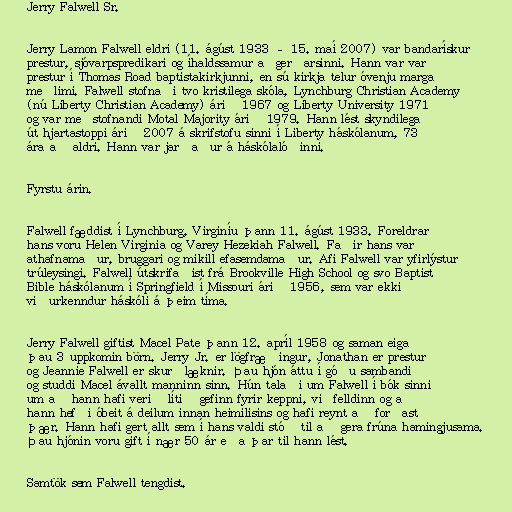
Jerry Falwell Sr.

Jerry Lamon Falwell eldri (11. ágúst 1933 – 15. maí 2007) var bandarískur
prestur, sjóvarpspredikari og íhaldssamur aðgerðarsinni. Hann var var
prestur í Thomas Road baptistakirkjunni, en sú kirkja telur óvenju marga
meðlimi. Falwell stofnaði tvo kristilega skóla, Lynchburg Christian Academy
(nú Liberty Christian Academy) árið 1967 og Liberty University 1971
og var meðstofnandi Motal Majority árið 1979. Hann lést skyndilega
út hjartastoppi árið 2007 á skrifstofu sinni í Liberty háskólanum, 73
ára að aldri. Hann var jarðaður á háskólalóðinni.

Fyrstu árin.

Falwell fæddist í Lynchburg, Virginíu þann 11. ágúst 1933. Foreldrar
hans voru Helen Virginia og Varey Hezekiah Falwell. Faðir hans var
athafnamaður, bruggari og mikill efasemdamaður. Afi Falwell var yfirlýstur
trúleysingi. Falwell útskrifaðist frá Brookville High School og svo Baptist
Bible háskólanum í Springfield í Missouri árið 1956, sem var ekki
viðurkenndur háskóli á þeim tíma.

Jerry Falwell giftist Macel Pate þann 12. apríl 1958 og saman eiga
þau 3 uppkomin börn. Jerry Jr. er lögfræðingur, Jonathan er prestur
og Jeannie Falwell er skurðlæknir. Þau hjón áttu í góðu sambandi
og studdi Macel ávallt manninn sinn. Hún talaði um Falwell í bók sinni
um að hann hafi verið lítið gefinn fyrir keppni, viðfelldinn og að
hann hefði óbeit á deilum innan heimilisins og hafi reynt að forðast
þær. Hann hafi gert allt sem í hans valdi stóð til að gera frúna hamingjusama.
Þau hjónin voru gift í nær 50 ár eða þar til hann lést.

Samtök sem Falwell tengdist.